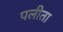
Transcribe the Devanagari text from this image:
पलीता